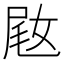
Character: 𫰵